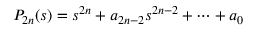
P _ { 2 n } ( s ) = s ^ { 2 n } + a _ { 2 n - 2 } s ^ { 2 n - 2 } + \cdots + a _ { 0 }